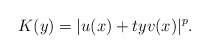
\begin{align*}\ K(y)=|u(x)+tyv(x)|^{p}.\end{align*}